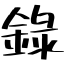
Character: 錄